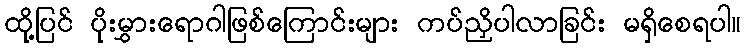
ထို့ပြင် ပိုးမွှားရောဂါဖြစ်ကြောင်းများ ကပ်ညှိပါလာခြင်း မရှိစေရပါ။